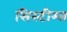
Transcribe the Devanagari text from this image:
सिस्टीम्स